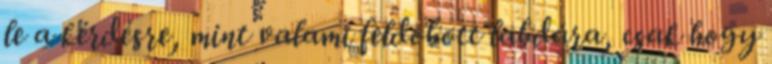
le a kérdésre, mint valami feldobott labdára, csak hogy